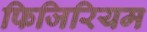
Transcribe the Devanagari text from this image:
फिजिरियम